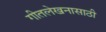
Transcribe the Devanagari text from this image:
गीतलेखनासाठी